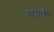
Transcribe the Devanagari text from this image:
खानाँ